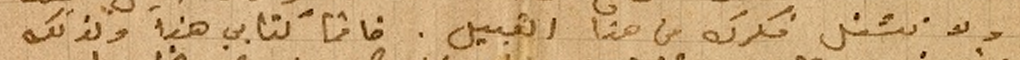
ولا تشغل فكرك من هذا القبيل. خاتماً كتابي هذا وكذلك